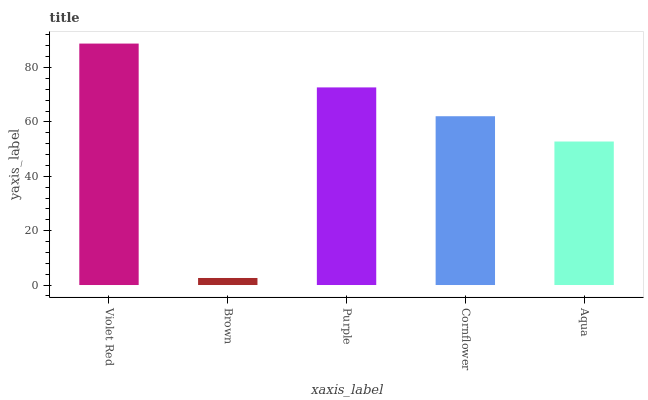
| xaxis_label | bars |
 | --- | --- |
 | Violet Red | 88.8 |
 | Brown | 2.59 |
 | Purple | 72.7 |
 | Cornflower | 62.1 |
 | Aqua | 52.8 |